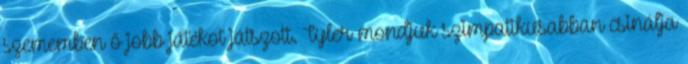
szememben ő jobb játékot játszott. Tyler mondjuk szimpatikusabban csinálja